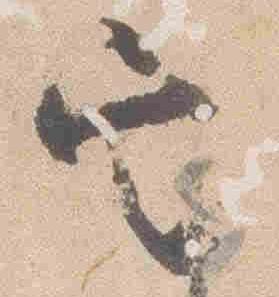
定